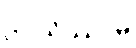
ဌပယိဿာမိ